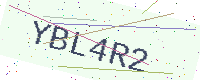
Text: YBL4R2